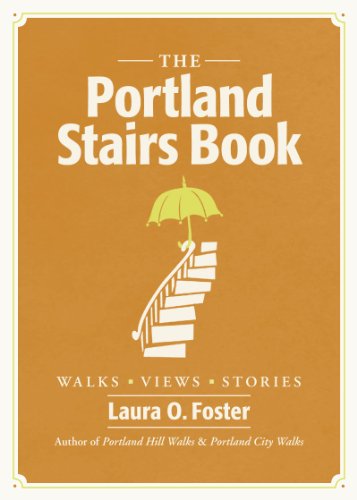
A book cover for The Portland Stairs Book; Laura O. Foster; Travel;